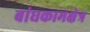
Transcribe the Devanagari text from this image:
बांधकामक्षेत्र